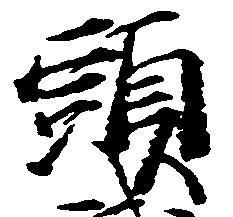
頭